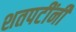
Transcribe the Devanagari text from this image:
शतपटींनी